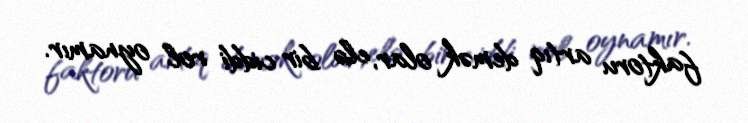
faktoru artıq demək olar, elə bir ciddi rol oynamır.